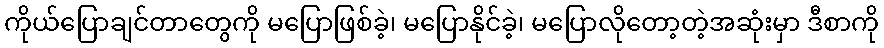
ကိုယ်ပြောချင်တာတွေကို မပြောဖြစ်ခဲ့၊ မပြောနိုင်ခဲ့၊ မပြောလိုတော့တဲ့အဆုံးမှာ ဒီစာကို